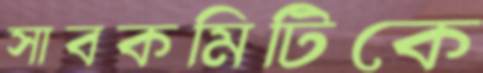
সাবকমিটিকে